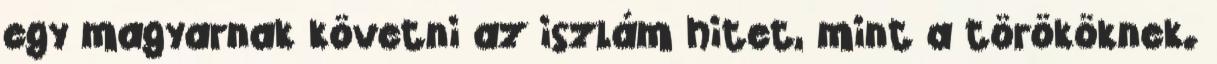
egy magyarnak követni az iszlám hitet, mint a törököknek.